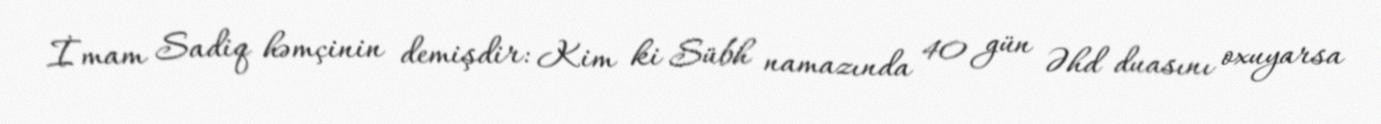
İmam Sadiq həmçinin demişdir: Kim ki Sübh namazında 40 gün Əhd duasını oxuyarsa